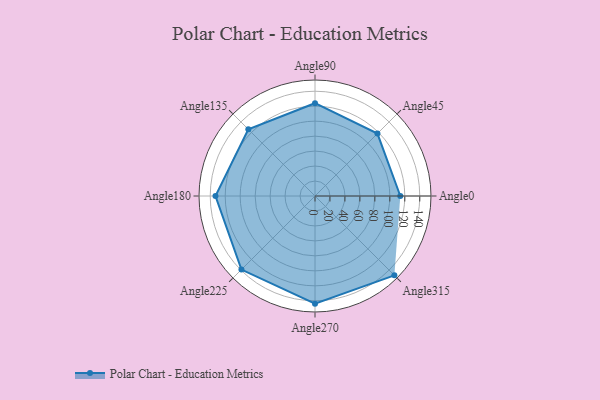
{"axis": {"x": "Angle", "y": "Radius"}, "legend": [""], "data": [{"x": "Angle0", "y": 114.0, "type": ""}, {"x": "Angle45", "y": 118.0, "type": ""}, {"x": "Angle90", "y": 124.0, "type": ""}, {"x": "Angle135", "y": 126.0, "type": ""}, {"x": "Angle180", "y": 133.0, "type": ""}, {"x": "Angle225", "y": 139.0, "type": ""}, {"x": "Angle270", "y": 144.0, "type": ""}, {"x": "Angle315", "y": 150.0, "type": ""}]}